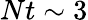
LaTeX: Nt\sim 3